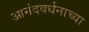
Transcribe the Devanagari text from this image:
आनंदवर्धनाच्या